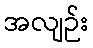
အလျဉ်း